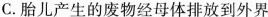
C. 胎儿产生的废物经母体排放到外界